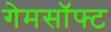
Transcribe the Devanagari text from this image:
गेमसॉफ्ट